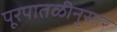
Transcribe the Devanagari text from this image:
पूरपातळीनुसार